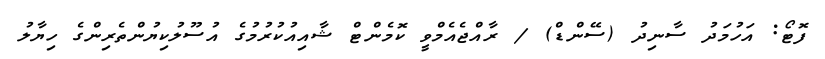
ފޮޓޯ: އަހުމަދު ސާނިދު (ސޭންޑް) / ރާއްޖެއެމްވީ ކޮމެންޓް ޝާއިއުކުރުމުގެ އުސޫލުކިޔުންތެރިންގެ ހިޔާލު